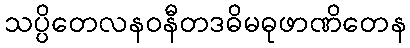
သပ္ပိတေလနဝနီတဒဓိမဓုဖာဏိတေန